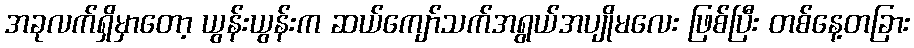
အခုလက်ရှိမှာတော့ ယွန်းယွန်းက ဆယ်ကျော်သက်အရွယ်အပျိုမလေး ဖြစ်ပြီး တစ်နေ့တခြား